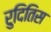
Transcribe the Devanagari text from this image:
रुदितिस